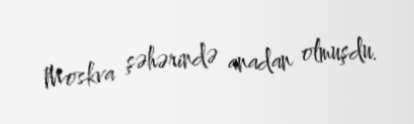
Moskva şəhərində anadan olmuşdu.